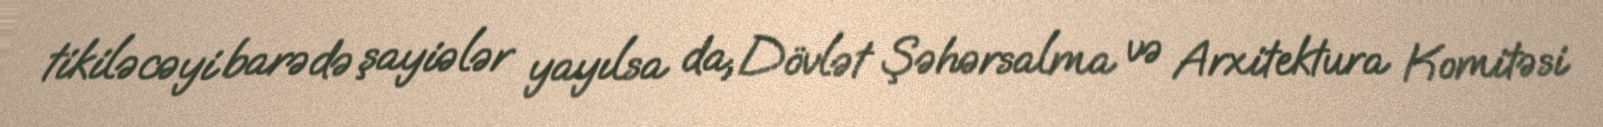
tikiləcəyi barədə şayiələr yayılsa da, Dövlət Şəhərsalma və Arxitektura Komitəsi